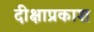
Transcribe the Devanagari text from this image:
दीक्षाप्रकाश